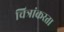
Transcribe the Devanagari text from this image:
चित्रांकरता